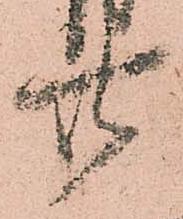
廿